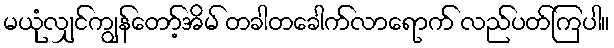
မယုံလျှင်ကျွန်တော့်အိမ် တခါတခေါက်လာရောက် လည်ပတ်ကြပါ။